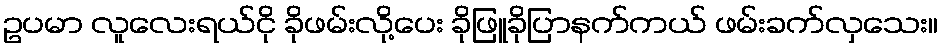
ဥပမာ လူလေးရယ်ငို ခိုဖမ်းလို့ပေး ခိုဖြူခိုပြာနက်ကယ် ဖမ်းခက်လှသေး။